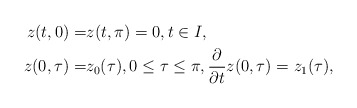
\begin{align*}z(t,0)=&z(t,\pi)=0,t\in I,\\z(0,\tau)=&z_0(\tau), 0\le\tau\le \pi,\frac{\partial}{\partial t}z(0,\tau)=z_1(\tau),\end{align*}